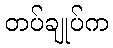
တပ်ချုပ်က